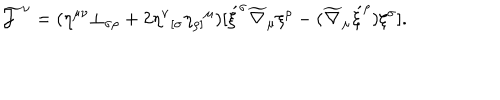
\widetilde { \cal J } ^ { \nu } = ( \eta ^ { \mu \nu } \bot _ { \sigma \rho } + 2 \eta ^ { \nu } { _ { [ \sigma } } \eta _ { \rho ] } { ^ { \mu } } ) [ \acute { \xi } ^ { \sigma } \widetilde { \nabla } _ { \mu } \xi ^ { \rho } - ( \widetilde { \nabla } _ { \mu } \acute { \xi } ^ { \rho } ) \xi ^ { \sigma } ] .